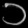
Digit: ၁